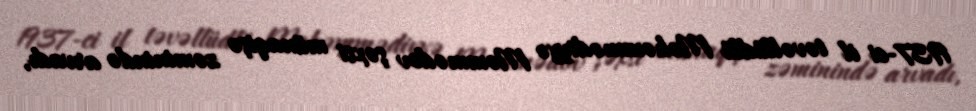
1937-ci il təvəllüdlü Məhəmmədiyyə Məmmədov şəxsi münaqişə zəminində arvadı,